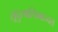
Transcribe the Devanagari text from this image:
सूदुरपश्चिमाञ्चल